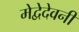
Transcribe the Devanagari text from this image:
मेद्वेदेवनी